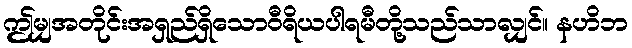
ဤမျှအတိုင်းအရှည်ရှိသောဝီရိယပါရမီတို့သည်သာလျှင်။ နဟိဘ